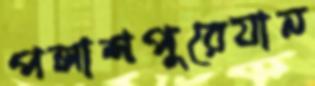
পলাশপুরেযান